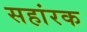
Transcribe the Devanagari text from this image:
सहांरक